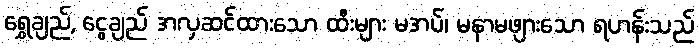
ရွှေချည်, ငွေချည် အလှဆင်ထားသော ထီးများ မအပ်၊ မနာမဖျားသော ရဟန်းသည်